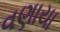
વણાયા